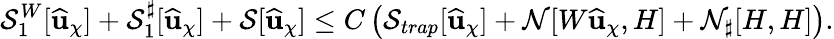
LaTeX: \mathcal{S}_{1}^{W}[\widehat{\mathbf{u}}_{\chi}]+{\mathcal{S}_{1}^{\sharp}}[\widehat{\mathbf{u}}_{\chi}]+\mathcal{S}[\widehat{\mathbf{u}}_{\chi}]\leq C\left(\mathcal{S}_{trap}[\widehat{\mathbf{u}}_{\chi}]+\mathcal{N}[W\widehat{\mathbf{u}}_{\chi},H]+\mathcal{N}_{\sharp}[H,H]\right).